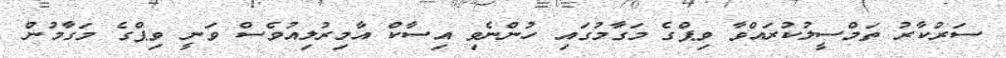
ސަރުކާރު ތަމްސީލުކުރައްވާ ވިޕްގެ މަގާމުގައި ހުންނެވި އިސާކް އާމިރުލިއުވެސް ވަނީ ވިޕްގެ މަގާމުން